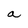
Character: a